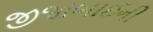
જીજાબાઈની